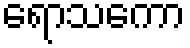
ရောသကော